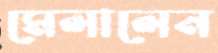
মেলালেন